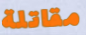
مقاتلة